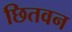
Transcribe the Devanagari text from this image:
छितवन